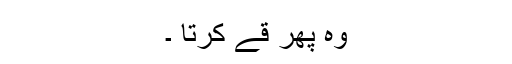
وہ پھر قے کرتا ۔